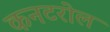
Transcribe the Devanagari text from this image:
कनटरोल